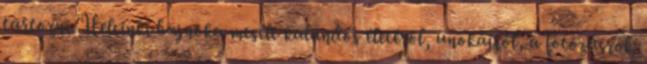
tartozni. Helsinki bajnoka mesélt kalandos életéről, unokáiról, a fotózásról,